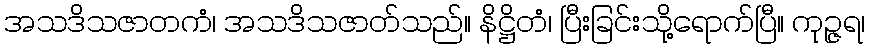
အသဒိသဇာတကံ၊ အသဒိသဇာတ်သည်။ နိဋ္ဌိတံ၊ ပြီးခြင်းသို့ရောက်ပြီ။ ကုဉ္ဇရ၊